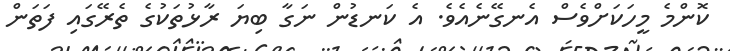
ކޮންމެ މީހަކަށްވެސް އެނގޭނެއެވެ. އެ ކަނޑުން ނަގާ ބިޔަ ރާޅުތަކުގެ ތެރޭގައި ފަތަން